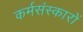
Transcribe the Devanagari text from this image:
कर्मसंस्कारों